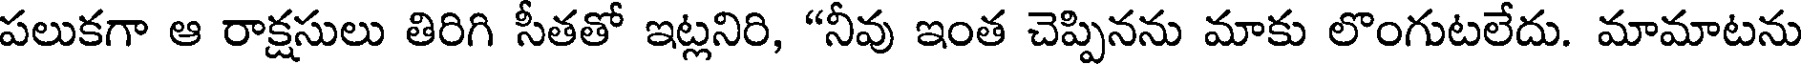
పలుకగా ఆ రాక్షసులు తిరిగి సీతతో ఇట్లనిరి, "నీవు ఇంత చెప్పినను మాకు లొంగుటలేదు. మామాటను